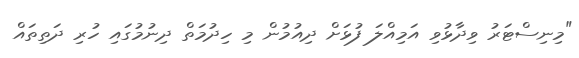
"މިނިސްޓަރު ވިދާޅުވި އަމިއްލަ ފުޅަށް ދިއުމުން މި ހިދުމަތް ދިނުމުގައި ހުރި ދަތިތައް